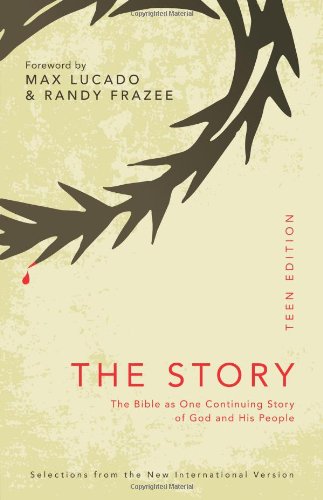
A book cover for The Story: The Bible as One Continuing Story of God and His People; Christian Books & Bibles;